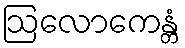
ဩလောကေန္တံ